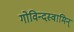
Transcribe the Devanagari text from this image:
गोविन्दस्वामिन्